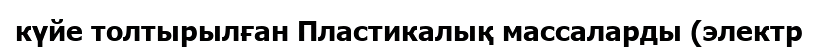
күйе толтырылған Пластикалық массаларды (электр